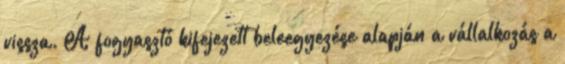
vissza. A fogyasztó kifejezett beleegyezése alapján a vállalkozás a